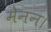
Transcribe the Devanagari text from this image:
मेनन।